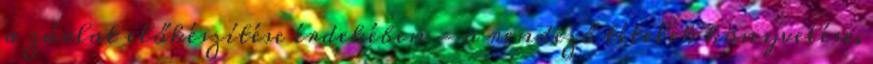
a zárlat előkészítése érdekében - a rendező tételek könyvelése,